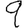
Digit: 9